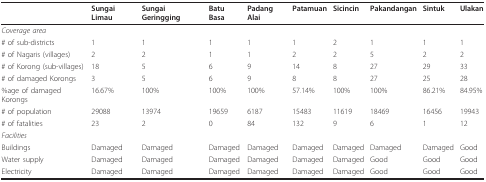
<table><thead><tr><td>[EMPTY_CELL]</td><td><b>Sungai Limau</b></td><td><b>Sungai Geringging</b></td><td><b>Batu Basa</b></td><td><b>Padang Alai</b></td><td><b>Patamuan</b></td><td><b>Sicincin</b></td><td><b>Pakandangan</b></td><td><b>Sintuk</b></td><td><b>Ulakan</b></td></tr></thead><tbody><tr><td><i>Coverage area</i></td><td>[EMPTY_CELL]</td><td>[EMPTY_CELL]</td><td>[EMPTY_CELL]</td><td>[EMPTY_CELL]</td><td>[EMPTY_CELL]</td><td>[EMPTY_CELL]</td><td>[EMPTY_CELL]</td><td>[EMPTY_CELL]</td><td>[EMPTY_CELL]</td></tr><tr><td># of sub-districts</td><td>1</td><td>1</td><td>1</td><td>1</td><td>1</td><td>2</td><td>1</td><td>1</td><td>1</td></tr><tr><td># of Nagaris (villages)</td><td>2</td><td>2</td><td>1</td><td>1</td><td>2</td><td>2</td><td>5</td><td>2</td><td>2</td></tr><tr><td># of Korong (sub-villages)</td><td>18</td><td>5</td><td>6</td><td>9</td><td>14</td><td>8</td><td>27</td><td>29</td><td>33</td></tr><tr><td># of damaged Korongs</td><td>3</td><td>5</td><td>6</td><td>9</td><td>8</td><td>8</td><td>27</td><td>25</td><td>28</td></tr><tr><td>%age of damaged Korongs</td><td>16.67%</td><td>100%</td><td>100%</td><td>100%</td><td>57.14%</td><td>100%</td><td>100%</td><td>86.21%</td><td>84.95%</td></tr><tr><td># of population</td><td>29088</td><td>13974</td><td>19659</td><td>6187</td><td>15483</td><td>11619</td><td>18469</td><td>16456</td><td>19943</td></tr><tr><td># of fatalities</td><td>23</td><td>2</td><td>0</td><td>84</td><td>132</td><td>9</td><td>6</td><td>1</td><td>12</td></tr><tr><td><i>Facilities</i></td><td>[EMPTY_CELL]</td><td>[EMPTY_CELL]</td><td>[EMPTY_CELL]</td><td>[EMPTY_CELL]</td><td>[EMPTY_CELL]</td><td>[EMPTY_CELL]</td><td>[EMPTY_CELL]</td><td>[EMPTY_CELL]</td><td>[EMPTY_CELL]</td></tr><tr><td>Buildings</td><td>Damaged</td><td>Damaged</td><td>Damaged</td><td>Damaged</td><td>Damaged</td><td>Damaged</td><td>Damaged</td><td>Damaged</td><td>Good</td></tr><tr><td>Water supply</td><td>Damaged</td><td>Damaged</td><td>Damaged</td><td>Damaged</td><td>Damaged</td><td>Damaged</td><td>Good</td><td>Good</td><td>Good</td></tr><tr><td>Electricity</td><td>Damaged</td><td>Damaged</td><td>Damaged</td><td>Damaged</td><td>Damaged</td><td>Damaged</td><td>Good</td><td>Good</td><td>Good</td></tr></tbody></table>